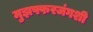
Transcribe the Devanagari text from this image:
मुझफ्फरजंगशी